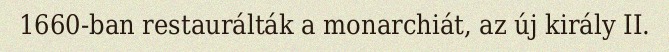
1660-ban restaurálták a monarchiát, az új király II.